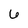
Character: 2